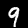
Digit: 9